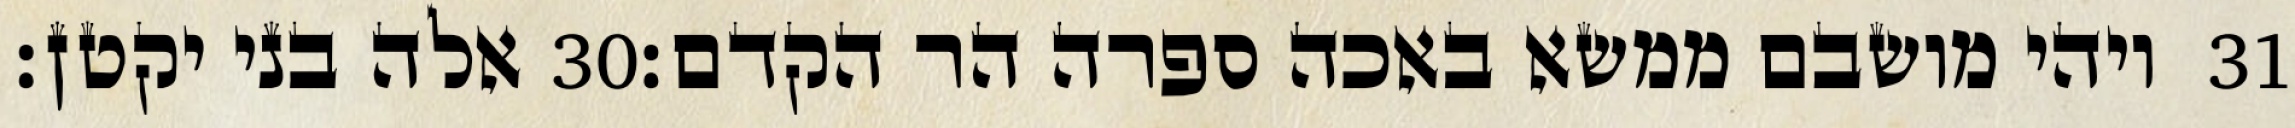
אלה בני יקטן׃ ‎30‏ ויהי מושבם ממשא באכה ספרה הר הקדם׃ ‎31‏